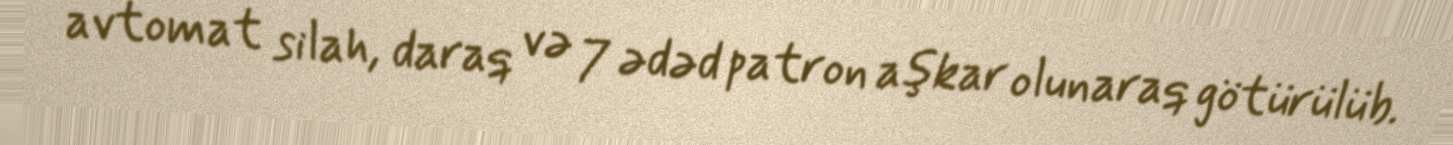
avtomat silah, daraq və 7 ədəd patron aşkar olunaraq götürülüb.